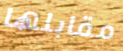
مقابلها